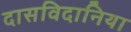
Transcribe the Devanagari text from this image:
दासविदानिया